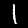
Label: 1